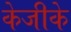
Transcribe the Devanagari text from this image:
केजीके